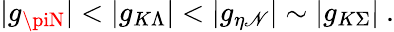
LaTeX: |g_{\piN}|<|g_{K\Lambda}|<|g_{\eta\mathscr{N}}|\sim|g_{K\Sigma}|~.